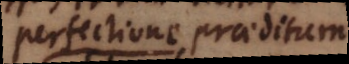
perfectione praeditum